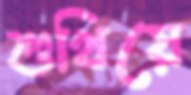
শুখিয়ে